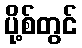
ပို့စ်တွင်